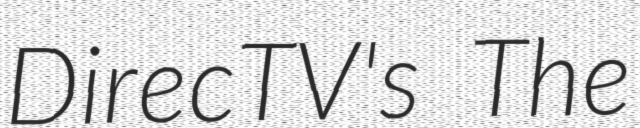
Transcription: DirecTV's The